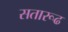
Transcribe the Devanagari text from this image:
सतारूढ